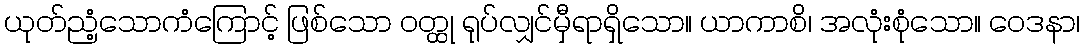
ယုတ်ညံ့သောကံကြောင့် ဖြစ်သော ဝတ္ထု ရုပ်လျှင်မှီရာရှိသော။ ယာကာစိ၊ အလုံးစုံသော။ ဝေဒနာ၊